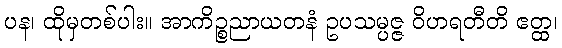
ပန၊ ထိုမှတစ်ပါး။ အာကိဉ္စညာယတနံ ဥပသမ္ပဇ္ဇ ဝိဟရတီတိ ဧတ္ထ၊